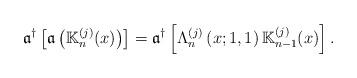
LaTeX: \begin{align*}\mathfrak{a}^{\dagger }\left[ \mathfrak{a}\left( \mathbb{K}_{n}^{(j)}(x)\right) \right] =\mathfrak{a}^{\dagger }\left[ \Lambda_{n}^{\left( j\right) }\left( x;1,1\right) \mathbb{K}_{n-1}^{(j)}(x)\right] .\end{align*}